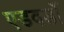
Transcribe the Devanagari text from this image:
एडवर्डो